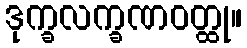
ဒုက္ခလက္ခဏဝတ္ထု။